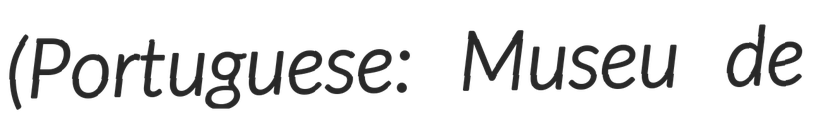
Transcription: (Portuguese: Museu de